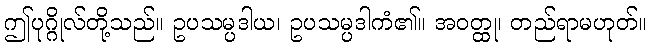
ဤပုဂ္ဂိုလ်တို့သည်။ ဥပသမ္ပဒါယ၊ ဥပသမ္ပဒါကံ၏။ အဝတ္ထု၊ တည်ရာမဟုတ်။